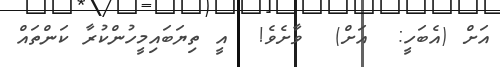
އަށް (އެބަހީ:  އަށް)  ވާށެވެ!  އީ ތިޔަބައިމީހުންކުރާ ކަންތައް